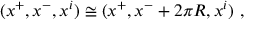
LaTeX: ( x ^ { + } , x ^ { - } , x ^ { i } ) \cong ( x ^ { + } , x ^ { - } + 2 \pi R , x ^ { i } ) \ ,